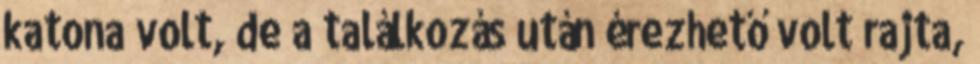
katona volt, de a találkozás után érezhető volt rajta,